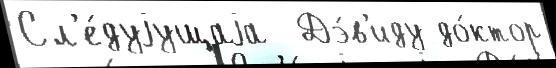
Сл'е́дуjущаjа  Дэ́в'иду до́ктор